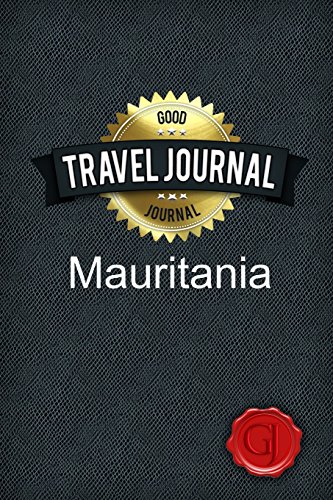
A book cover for Travel Journal Mauritania; Good Journal; Travel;